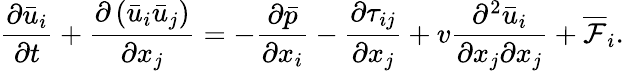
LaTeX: \frac{\partial\bar{u}_{i}}{\partial t}+\frac{\partial\left(\bar{u}_{i}\bar{u}_{j}\right)}{\partial x_{j}}=-\frac{\partial\bar{p}}{\partial x_{i}}-\frac{\partial\tau_{ij}}{\partial x_{j}}+v\frac{\partial^{2}\bar{u}_{i}}{\partial x_{j}\partial x_{j}}+\overline{{\mathcal{F}}}_{i}.